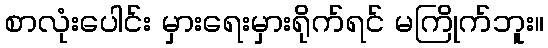
စာလုံးပေါင်း မှားရေးမှားရိုက်ရင် မကြိုက်ဘူး။